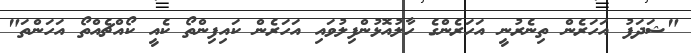
"ޝަދަފު އަހަރެން ތިނެރުނީ އަހަރެންގެ ހާލުއޮޅުންފިލުވައި އަހަރެން ކައިފިންތޯ ކެއީ ކޯއްޗެއްތޯ އަހަންތަ"